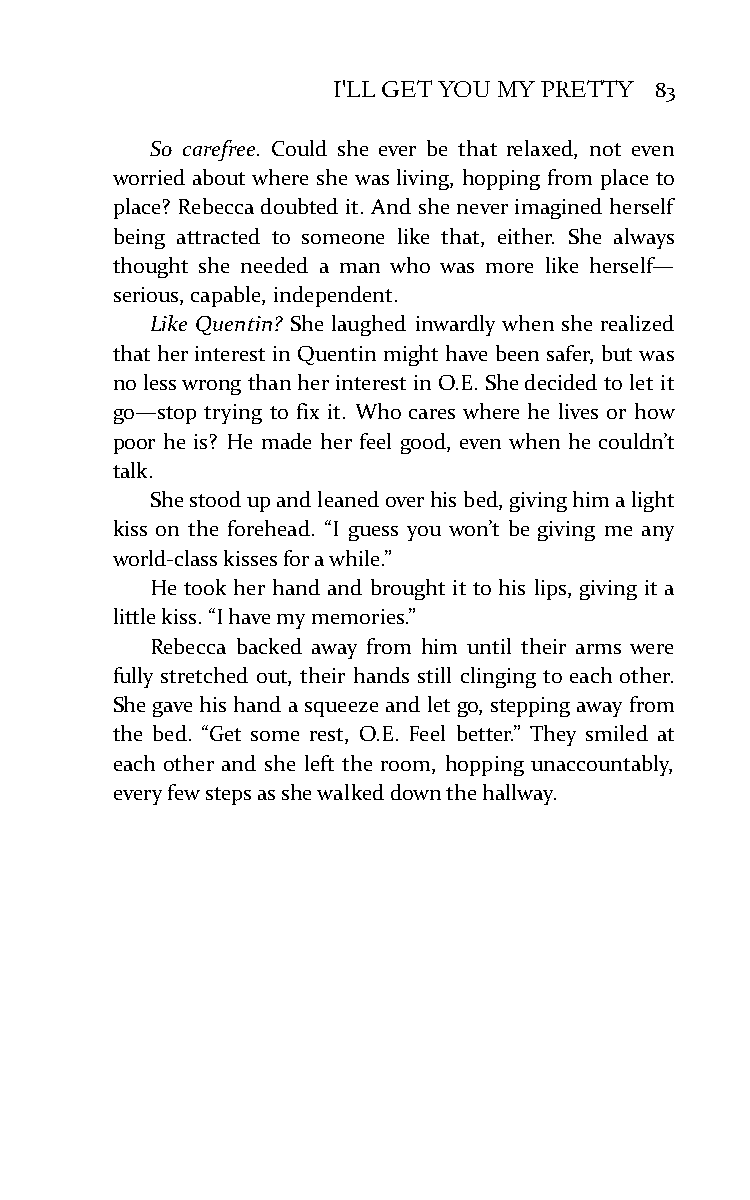
I'LL GET YOU MY PRETTY 83
 So carefree. Could she ever be that relaxed, not even
 worried about where she was living, hopping from place to
 place? Rebecca doubted it. And she never imagined herself
 being attracted to someone like that, either. She always
 thought she needed a man who was more like herself—
 serious, capable, independent.
 Like Quentin? She laughed inwardly when she realized
 that her interest in Quentin might have been safer, but was
 no less wrong than her interest in O.E. She decided to let it
 go—stop trying to fix it. Who cares where he lives or how
 poor he is? He made her feel good, even when he couldn’t
 talk.
 She stood up and leaned over his bed, giving him a light
 kiss on the forehead. “I guess you won’t be giving me any
 world-class kisses for a while.”
 He took her hand and brought it to his lips, giving it a
 little kiss. “I have my memories.”
 Rebecca backed away from him until their arms were
 fully stretched out, their hands still clinging to each other.
 She gave his hand a squeeze and let go, stepping away from
 the bed. “Get some rest, O.E. Feel better.” They smiled at
 each other and she left the room, hopping unaccountably,
 every few steps as she walked down the hallway.